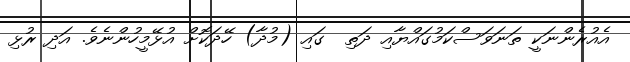
އެއުރެންނަކީ ތަނަވަސްކަމުގައްޔާއި ދަތި  ގައި (މުދާ) ހޭދަކޮށް އުޅޭމީހުންނެވެ. އަދި ރުޅި